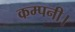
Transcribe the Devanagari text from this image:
कम्पनी।